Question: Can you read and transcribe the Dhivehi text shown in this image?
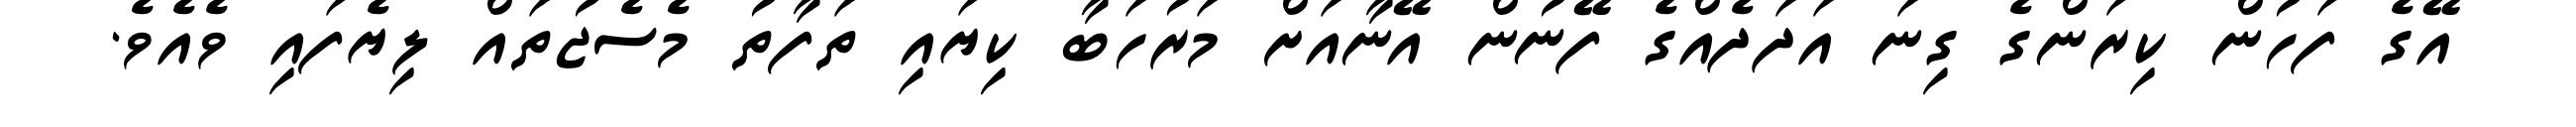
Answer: އޭގެ ފަހުން ކިރަންގެ ގިނަ އަދަދެއްގެ ފޭނުން އޭނާއަށް މަރުހަބާ ކިޔައި ތަފާތު މެސެޖުތައް ލިޔެފައި ވެއެވެ.